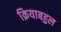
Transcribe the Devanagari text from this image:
क्रियाबहुल